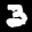
Label: 3